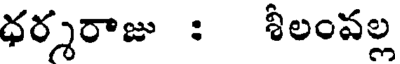
ధర్శరాజు : శీలంవల్ల